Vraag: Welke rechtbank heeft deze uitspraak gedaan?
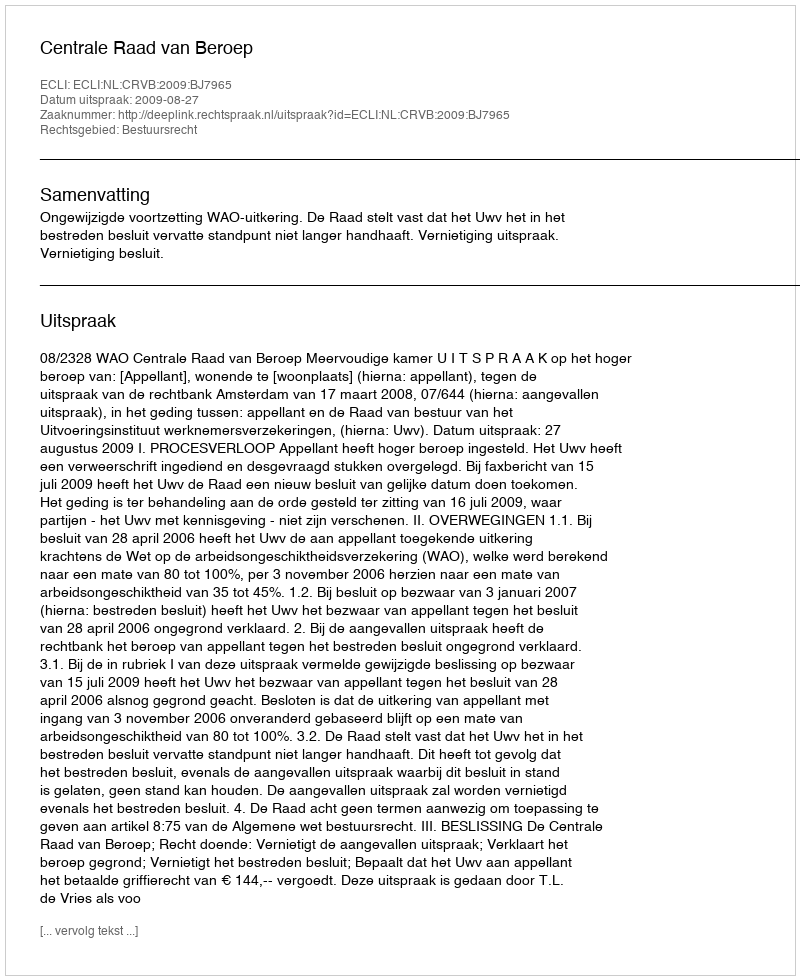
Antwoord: Centrale Raad van Beroep